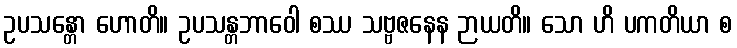
ဥပသန္တော ဟောတိ။ ဥပသန္တဘာဝေါ စဿ သဗ္ဗဇနေန ဉာယတိ။ သော ဟိ ပကတိယာ စ